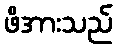
ဖိအားသည်